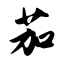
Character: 茄